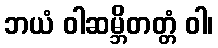
ဘယံ ဝါဆမ္ဘိတတ္တံ ဝါ၊